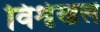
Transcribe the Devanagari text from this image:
विशृंखल